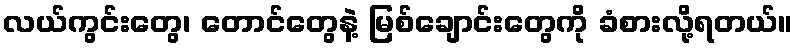
လယ်ကွင်းတွေ၊ တောင်တွေနဲ့ မြစ်ချောင်းတွေကို ခံစားလို့ရတယ်။